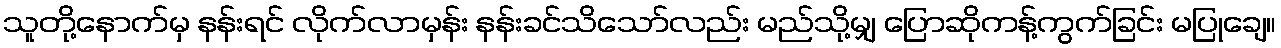
သူတို့နောက်မှ နန်းရင် လိုက်လာမှန်း နန်းခင်သိသော်လည်း မည်သို့မျှ ပြောဆိုကန့်ကွက်ခြင်း မပြုချေ။